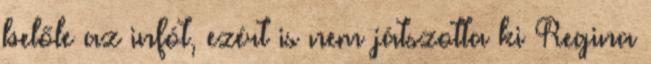
belőle az infót, ezért is nem játszotta ki Regina